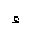
Letter: _hamza